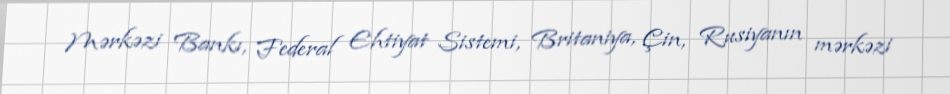
Mərkəzi Bankı, Federal Ehtiyat Sistemi, Britaniya, Çin, Rusiyanın mərkəzi